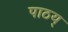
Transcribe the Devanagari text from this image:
पाठय्‌